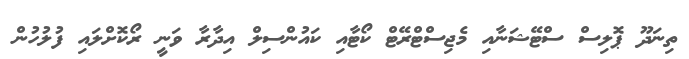
ތިނަދޫ ޕޮލިސް ސްޓޭޝަނާއި މެޖިސްޓްރޭޓް ކޯޓާއި ކައުންސިލް އިދާރާ ވަނީ ރޯކޮށްލައި ފުލުހުން